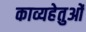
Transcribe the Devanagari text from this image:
काव्यहेतुओं